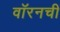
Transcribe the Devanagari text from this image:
वॉरनची